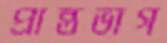
প্রান্তভাগ